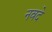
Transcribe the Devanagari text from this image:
नवदे